Insane asylums in Bengal annual reports 1867-1875 - 1867-1875
Year: 1867
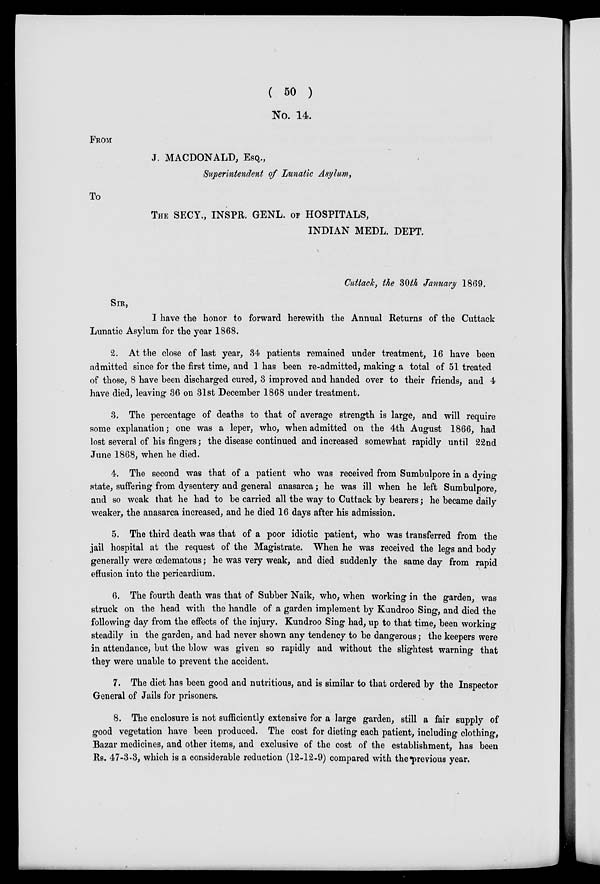
( 50 )
No. 14.
FROM
J. MACDONALD, ESQ.,
Superintendent of Lunatic Asylum,
To
THE SECY., INSPR. GENL. OF HOSPITALS,
INDIAN MEDL. DEPT.
Cuttack, the 30th January 1869.
SIR,
I have the honor to forward herewith the Annual Returns of the Cuttack
Lunatic Asylum for the year 1868.
2. At the close of last year, 34 patients remained under treatment, 16 have been
admitted since for the first time, and 1 has been re-admitted, making a total of 51 treated
of those, 8 have been discharged cured, 3 improved and handed over to their friends, and 4
have died, leaving 36 on 31st December 1868 under treatment.
3. The percentage of deaths to that of average strength is large, and will require
some explanation; one was a leper, who, when admitted on the 4th August 1866, had
lost several of his fingers; the disease continued and increased somewhat rapidly until 22nd
June 1868, when he died.
4. The second was that of a patient who was received from Sumbulpore in a dying
state, suffering from dysentery and general anasarca ; he was ill when he left Sumbulpore,
and so weak that he had to be carried all the way to Cuttack by bearers ; he became daily
weaker, the anasarca increased, and he died 16 days after his admission.
5. The third death was that of a poor idiotic patient, who was transferred from the
jail hospital at the request of the Magistrate. When he was received the legs and body
generally were œdematous ; he was very weak, and died suddenly the same day from rapid
effusion into the pericardium.
6. The fourth death was that of Subber Naik, who, when working in the garden, was
struck on the head with the handle of a garden implement by Kundroo Sing, and died the
following day from the effects of the injury. Kundroo Sing had, up to that time, been working
steadily in the garden, and had never shown any tendency to be dangerous ; the keepers were
in attendance, but the blow was given so rapidly and without the slightest warning that
they were unable to prevent the accident.
7. The diet has been good and nutritious, and is similar to that ordered by the Inspector
General of Jails for prisoners.
8. The enclosure is not sufficiently extensive for a large garden, still a fair supply of
good vegetation have been produced. The cost for dieting each patient, including clothing,
Bazar medicines, and other items, and exclusive of the cost of the establishment, has been
Rs. 47-3-3, which is a considerable reduction (12-12-9) compared with the previous year.